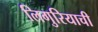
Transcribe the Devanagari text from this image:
लिगुरियाची